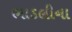
ભાડલીના